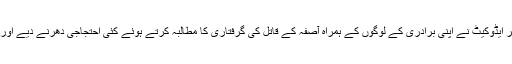
طالب چودھری نامی ایک گوجر ایڈوکیٹ نے اپنی برادری کے لوگوں کے ہمراہ آصفہ کے قاتل کی گرفتاری کا مطالبہ کرتے ہوئے کئی احتجاجی دھرنے دیے اور بھوک ہڑتال کا بھی اہتمام کیا۔